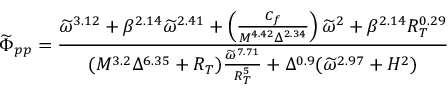
\widetilde \Phi _ { p p } = \frac { \widetilde \omega ^ { 3 . 1 2 } + \beta ^ { 2 . 1 4 } \widetilde \omega ^ { 2 . 4 1 } + \left( \frac { C _ { f } } { M ^ { 4 . 4 2 } \Delta ^ { 2 . 3 4 } } \right) \widetilde \omega ^ { 2 } + \beta ^ { 2 . 1 4 } R _ { T } ^ { 0 . 2 9 } } { ( M ^ { 3 . 2 } \Delta ^ { 6 . 3 5 } + R _ { T } ) \frac { \widetilde \omega ^ { 7 . 7 1 } } { R _ { T } ^ { 5 } } + \Delta ^ { 0 . 9 } ( \widetilde \omega ^ { 2 . 9 7 } + H ^ { 2 } ) }